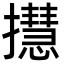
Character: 㩨